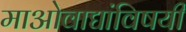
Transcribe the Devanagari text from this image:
माओवाद्यांविषयी